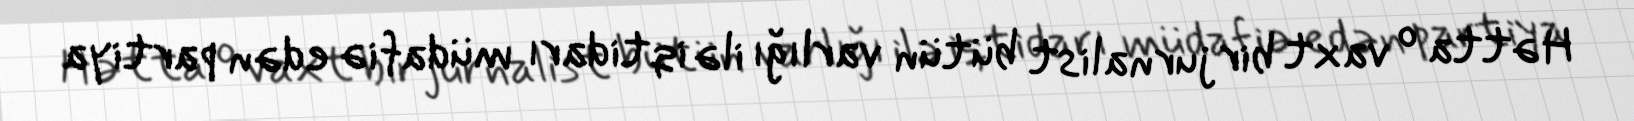
Hətta o vaxt bir jurnalist bütün varlığı ilə iqtidarı müdafiə edən partiya